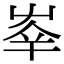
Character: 𡴖